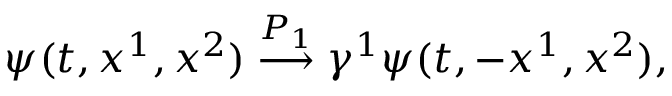
\psi ( t , x ^ { 1 } , x ^ { 2 } ) \stackrel { { \cal P } _ { 1 } } { \longrightarrow } \gamma ^ { 1 } \psi ( t , - x ^ { 1 } , x ^ { 2 } ) ,